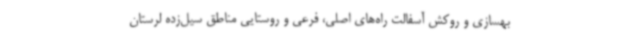
بهسازی و روکش آسفالت راه‌های اصلی، فرعی و روستایی مناطق سیل‌زده لرستان